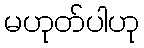
မဟုတ်ပါဟု